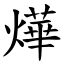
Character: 燁